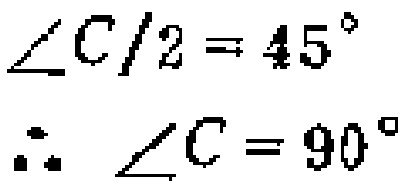
\[\begin{align*}

\angle C/2& = 45^{\circ}\\

\therefore\angle C&=90^{\circ}

\end{align*}\]